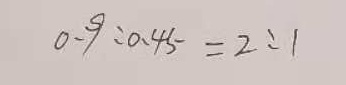
0 . 9 : 0 . 4 5 = 2 : 1